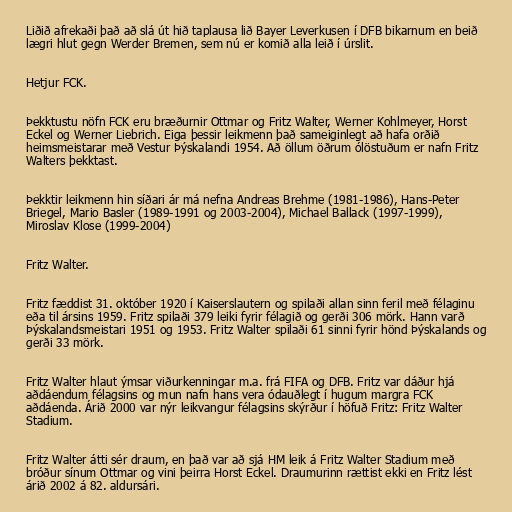
Liðið afrekaði það að slá út hið taplausa lið Bayer Leverkusen í DFB bikarnum en beið
lægri hlut gegn Werder Bremen, sem nú er komið alla leið í úrslit.

Hetjur FCK.

Þekktustu nöfn FCK eru bræðurnir Ottmar og Fritz Walter, Werner Kohlmeyer, Horst
Eckel og Werner Liebrich. Eiga þessir leikmenn það sameiginlegt að hafa orðið
heimsmeistarar með Vestur Þýskalandi 1954. Að öllum öðrum ólöstuðum er nafn Fritz
Walters þekktast.

Þekktir leikmenn hin síðari ár má nefna Andreas Brehme (1981-1986), Hans-Peter
Briegel, Mario Basler (1989-1991 og 2003-2004), Michael Ballack (1997-1999),
Miroslav Klose (1999-2004)

Fritz Walter.

Fritz fæddist 31. október 1920 í Kaiserslautern og spilaði allan sinn feril með félaginu
eða til ársins 1959. Fritz spilaði 379 leiki fyrir félagið og gerði 306 mörk. Hann varð
Þýskalandsmeistari 1951 og 1953. Fritz Walter spilaði 61 sinni fyrir hönd Þýskalands og
gerði 33 mörk.

Fritz Walter hlaut ýmsar viðurkenningar m.a. frá FIFA og DFB. Fritz var dáður hjá
aðdáendum félagsins og mun nafn hans vera ódauðlegt í hugum margra FCK
aðdáenda. Árið 2000 var nýr leikvangur félagsins skýrður í höfuð Fritz: Fritz Walter
Stadium.

Fritz Walter átti sér draum, en það var að sjá HM leik á Fritz Walter Stadium með
bróður sínum Ottmar og vini þeirra Horst Eckel. Draumurinn rættist ekki en Fritz lést
árið 2002 á 82. aldursári.